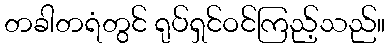
တခါတရံတွင် ရုပ်ရှင်ဝင်ကြည့်သည်။